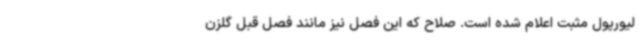
لیورپول مثبت اعلام شده است. صلاح که این فصل نیز مانند فصل قبل گلزن